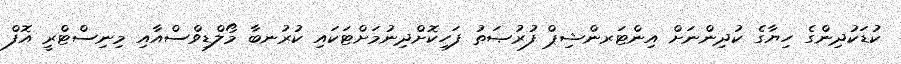
ކުޑަކުދިންގެ ހިޔާގެ ކުދިންނަށް އިންޓަރންޝިޕް ފުރުޞަތު ފަހިކޮށްދިނުމަށްޓަކައި ކުރުނބާ މޯލްޑިވްސްއާއި މިނިސްޓްރީ އޮފް